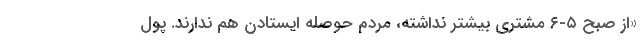
«از صبح ۵-۶ مشتری بیشتر نداشته، مردم حوصله ایستادن هم ندارند. پول